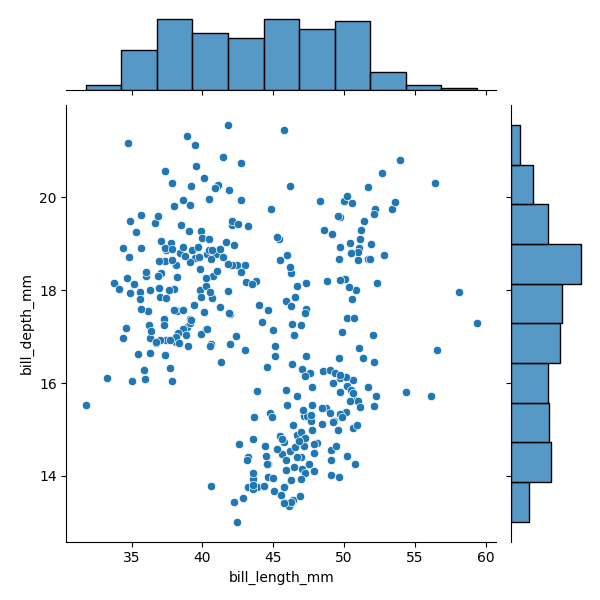
python, seaborn, JointGrid, scatterplot, histplot